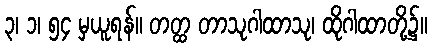
၃၊ ၁၊ ၅၄ မှယူရန်။ တတ္ထ တာသုဂါထာသု၊ ထိုဂါထာတို့၌။